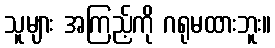
သူများ အကြည့်ကို ဂရုမထားဘူး။